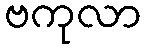
ဗကုလာ